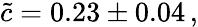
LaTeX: \tilde{c}=0.23\pm 0.04\, ,